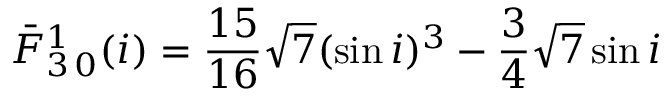
\bar { F } _ { 3 \, 0 } ^ { 1 } ( i ) = \frac { 1 5 } { 1 6 } \sqrt { 7 } ( \sin i ) ^ { 3 } - \frac { 3 } { 4 } \sqrt { 7 } \sin i